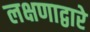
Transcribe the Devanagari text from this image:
लक्षणाद्वारे